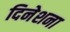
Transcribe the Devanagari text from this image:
दिनेशना